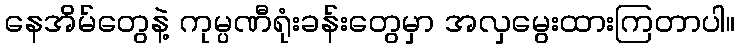
နေအိမ်တွေနဲ့ ကုမ္ပဏီရုံးခန်းတွေမှာ အလှမွေးထားကြတာပါ။